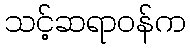
သင့်ဆရာဝန်က